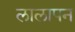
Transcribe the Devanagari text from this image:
लालापन